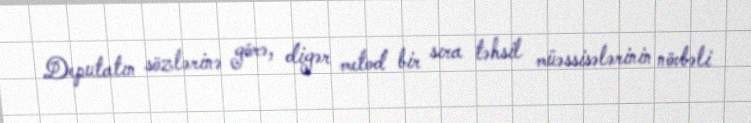
Deputatın sözlərinə görə, digər metod bir sıra təhsil müəssisələrinin növbəli